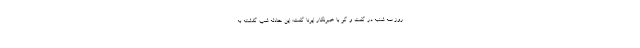
روز سه شنبه در گفت و گو با خبرنگار ایرنا گفت: این حادثه شب گذشته به